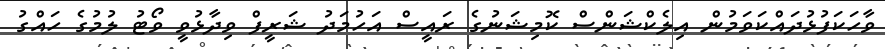
ވާހަކަފުޅުދައްކަވަމުން އިލެކްޝަންސް ކޮމިޝަނުގެ ރައީސް އަހުމަދު ޝަރީފް ވިދާޅުވީ ވޯޓު ލުމުގެ ހައްގު